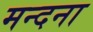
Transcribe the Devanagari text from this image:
मन्दना